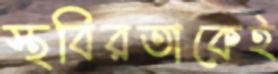
স্থবিরতাকেই